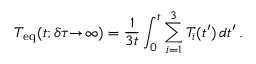
T _ { \mathrm { e q } } ( t ; \delta \tau \! \! \to \! \infty ) = \frac { 1 } { 3 t } \int _ { 0 } ^ { t } \sum _ { i = 1 } ^ { 3 } T _ { i } ( t ^ { \prime } ) \, d t ^ { \prime } \, .